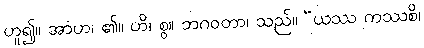
ဟူ၍။ အာဟ၊ ၏။ ဟိ၊ စွ။ ဘဂဝတာ၊ သည်။ “ယဿ ကဿစိ၊